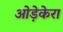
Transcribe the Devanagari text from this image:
ओड़ेकेरा